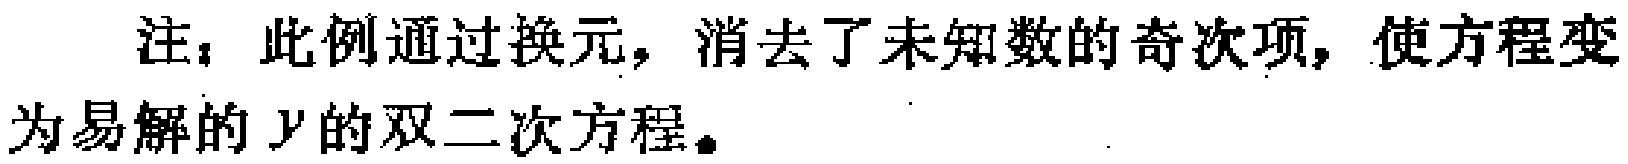
注：此例通过换元，消去了未知数的奇次项，使方程变为易解的 \(y\) 的双二次方程。